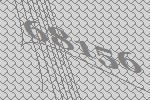
68156